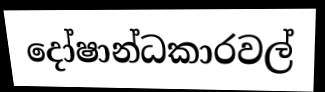
දෝෂාන්ධකාරවල්